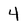
Character: 4